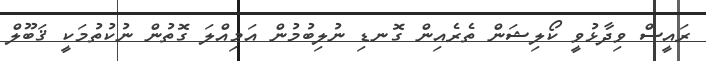
ރައީސް ވިދާޅުވީ ކޯލިޝަން ތެރެއިން ގޮނޑި ނުލިބުމުން އަމިއްލަ ގޮތުން ނުކުތުމަކީ ޤަބޫލް